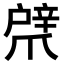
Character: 𢩞